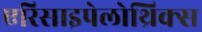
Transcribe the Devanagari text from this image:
एरिसाइपेलोथ्रिक्स